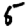
Digit: 5